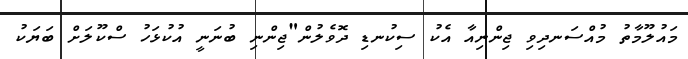
މައުލޫމާތު މުއްސަނދިވި ޖިންނިއާ އެކު ސިކުނޑި ދޮވެލުން"ޖިންނި ބުނަނީ އުކުޅަހު ސްކޫލަށް ބަޔަކު